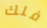
فلك